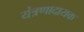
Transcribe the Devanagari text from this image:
यंत्रणादायक